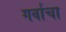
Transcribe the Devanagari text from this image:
गर्वाचा